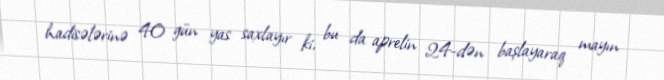
hadisələrinə 40 gün yas saxlayır ki, bu da aprelin 24-dən başlayaraq mayın